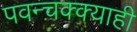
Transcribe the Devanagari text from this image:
पवन्चक्क्याही